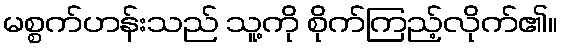
မစ္စက်ဟန်းသည် သူ့ကို စိုက်ကြည့်လိုက်၏။